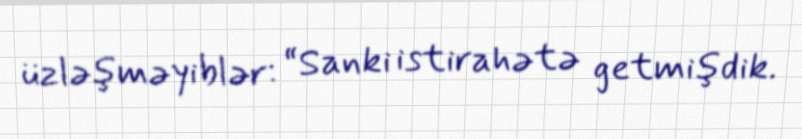
üzləşməyiblər: “Sanki istirahətə getmişdik.